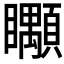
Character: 𥍎